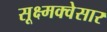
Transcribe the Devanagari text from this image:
सूक्ष्मक्वेसार